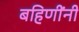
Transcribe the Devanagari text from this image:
बहिणींनी